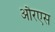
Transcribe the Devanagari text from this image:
औरएस